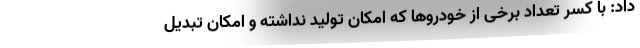
داد: با کسر تعداد برخی از خودروها که امکان تولید نداشته و امکان تبدیل